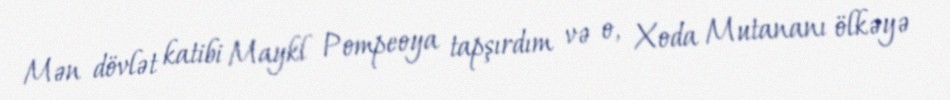
Mən dövlət katibi Maykl Pompeoya tapşırdım və o, Xoda Mutananı ölkəyə